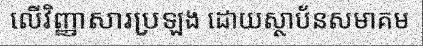
លើវិញ្ញាសារប្រឡង ដោយស្ថាប័នសមាគម